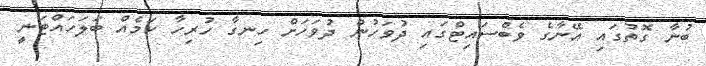
ބުނާ ގޮތުގައި އޭނާގެ ވެބްސައިޓްގައި ދުވަހުން ދުވަހަށް ހިނގާ ހުރިހާ ކަމެއް ބަލަހައްޓަނީ